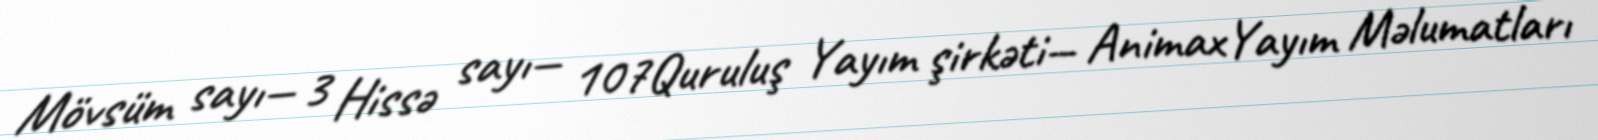
Mövsüm sayı— 3 Hissə sayı— 107Quruluş Yayım şirkəti— AnimaxYayım Məlumatları